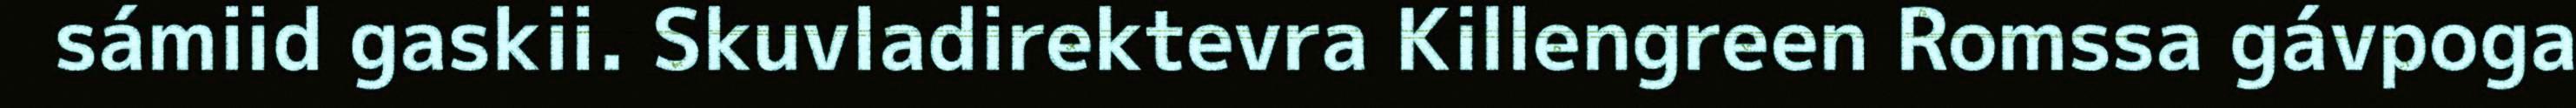
sámiid gaskii. Skuvladirektevra Killengreen Romssa gávpoga